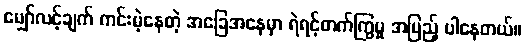
မျှော်လင့်ချက် ကင်းမဲ့နေတဲ့ အခြေအနေမှာ ရဲရင့်တက်ကြွမှု အပြည့် ပါနေတယ်။